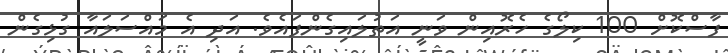
ފާސްކޮށް 100 ކިލޯގެ ހެރޮއިން ވަނީ އަތުލައިގެންފައެވެ. އަދި އެ މައްސަލައާ ގުޅިގެން